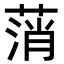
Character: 𦷟